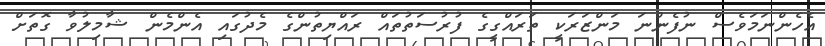
އެހެންނަމަވެސް ނުފެންނަ މަންޒަރަކީ ތަރައްގީގެ ފުރުސަތުތައް ރައްޔިތުންގެ މެދުގައި އެންމެން ޝާމިލުވާ ގޮތަށް